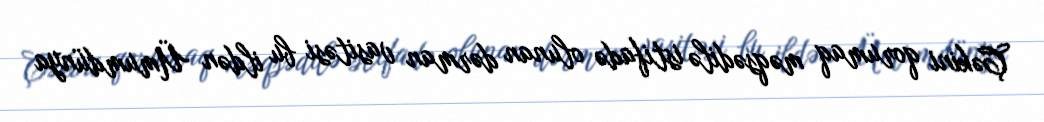
Çəkini qorumaq məqsədilə istifadə olunan dərman vasitəsi bu ildən Ümumdünya